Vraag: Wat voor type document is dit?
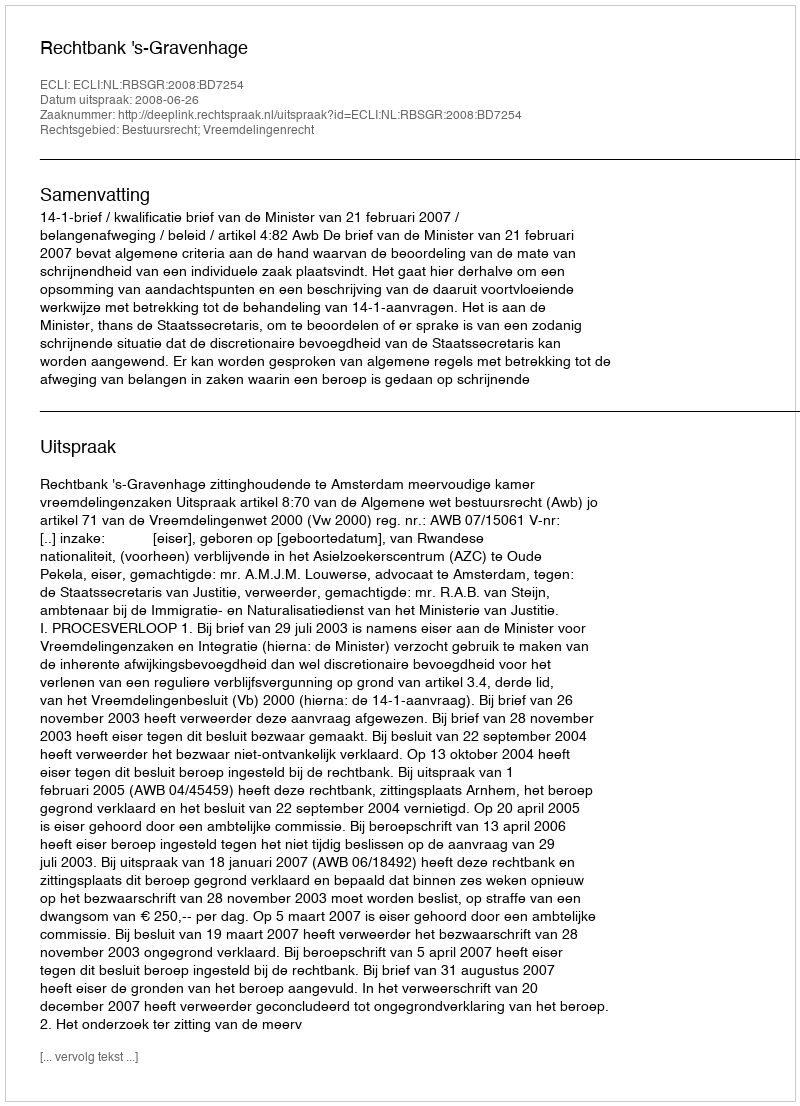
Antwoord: Uitspraak